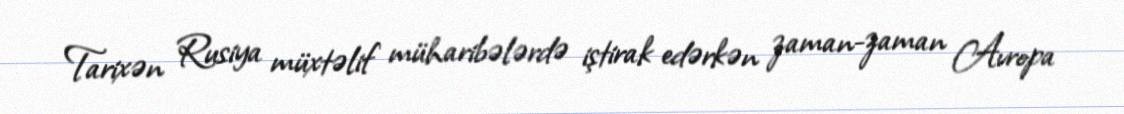
Tarixən Rusiya müxtəlif müharibələrdə iştirak edərkən zaman-zaman Avropa